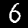
Label: 6